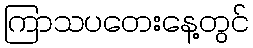
ကြာသပတေးနေ့တွင်